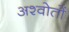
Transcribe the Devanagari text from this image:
अश्वोतों